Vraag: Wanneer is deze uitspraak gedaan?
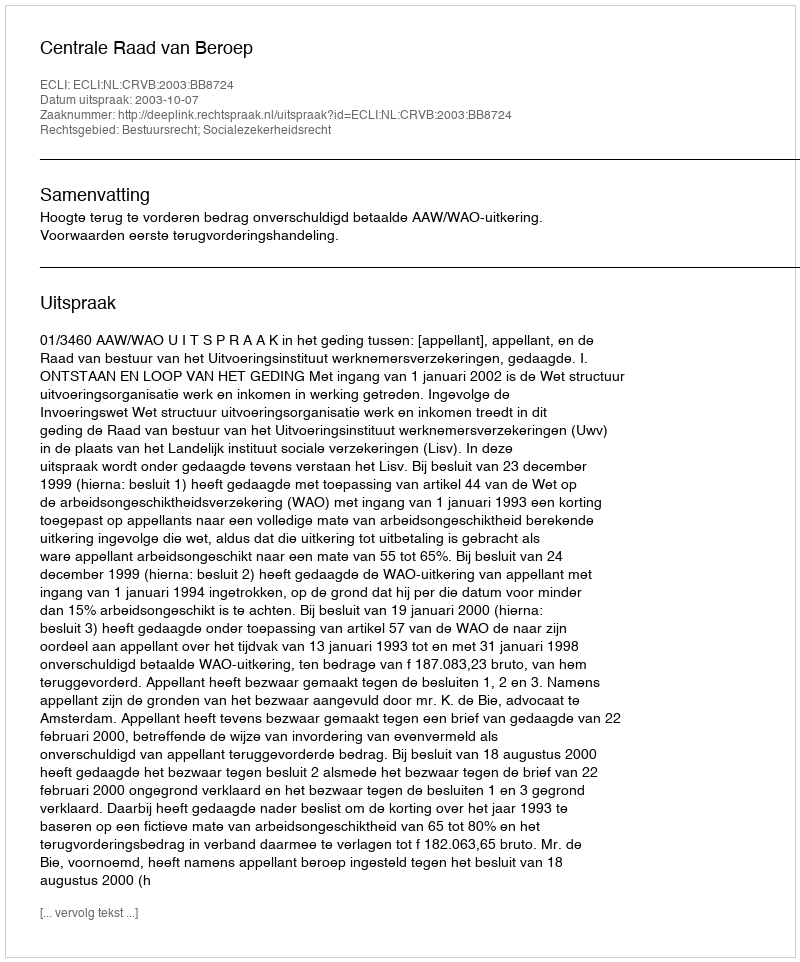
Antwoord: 2003-10-07